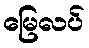
မြေလပ်